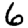
Digit: 6